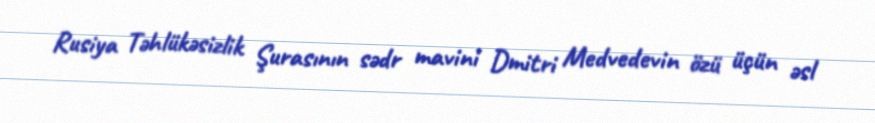
Rusiya Təhlükəsizlik Şurasının sədr mavini Dmitri Medvedevin özü üçün əsl